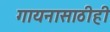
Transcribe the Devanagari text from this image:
गायनासाठीही